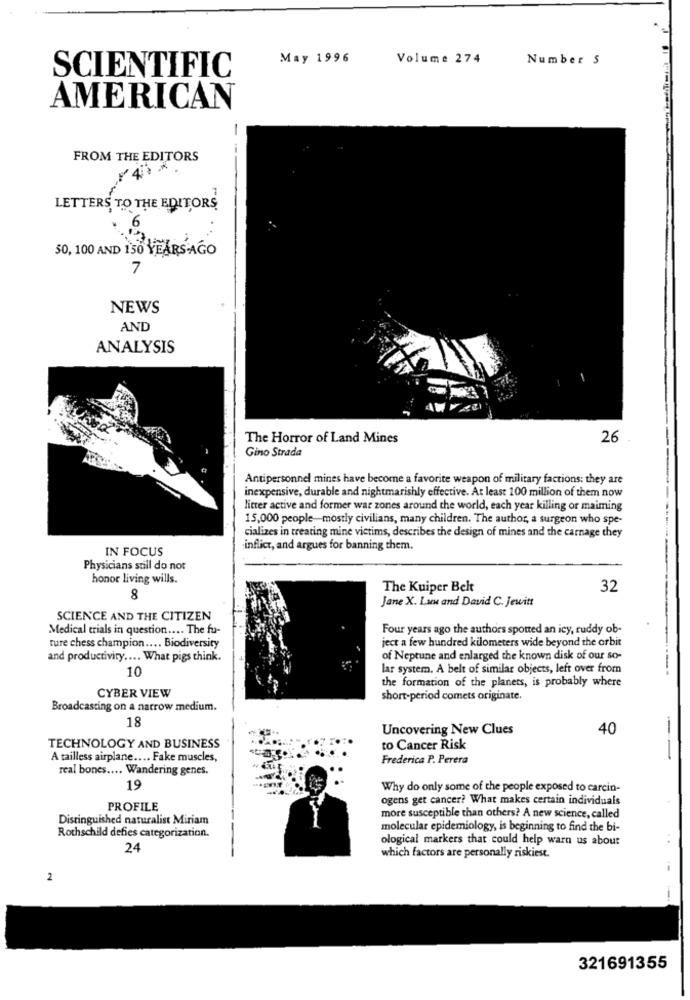
May 1996
Volume 274
Number S
SCIENTIFIC
AMERICAN
-
FROM THE EDITORS
49 ~
LETTERS TO THE EDITORS
50, 100 AND 150 YEARSAGO
7
NEWS
AND
ANALYSIS
The Horror of Land Mines
26
Gino Strada
Antipersonnel mines have become a favorite weapon of military factions: they are
inexpensive, durable and nightmarishly effective. At least 100 million of them now
litter active and former war zones around the world, each year killing or maiming
15,000 people-mostly civilians, many children. The author, a surgeon who spe-
cializes in treating mine victims, describes the design of mines and the carnage they
IN FOCUS
inflict, and argues for banning them.
Physicians still do not
honor living wills.
The Kuiper Belt
32
8
Jane X. Lun and David C. Jewitt
SCIENCE AND THE CITIZEN
Medical trials in question .... The fu-
Four years ago the authors spotted an icy, ruddy ob-
ture chess champion .... Biodiversity
ject a few hundred kilometers wide beyond the orbit
and productivity .... What pigs think.
of Neptune and enlarged the known disk of our so-
10
lar system. A belt of similar objects, left over from
the formation of the planets, is probably where
CYBER VIEW
short-period comets originate.
Broadcasting on a narrow medium.
18
Uncovering New Clues
40
TECHNOLOGY AND BUSINESS
to Cancer Risk
A tailless airplane .... Fake muscles,
Frederica P. Perera
---
real bones .... Wandering genes.
19
Why do only some of the people exposed to carcin-
ogens get cancer? What makes certain individuals
PROFILE
Distinguished naturalist Miriam
more susceptible than others? A new science, called
Rothschild defies categorization.
molecular epidemiology, is beginning to find the bi-
ological markers that could help warn us about
24
which factors are personally riskiest.
2
321691355